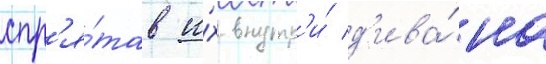
спр'я́тав и́х внутр'и́ д'ива́на